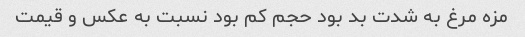
مزه مرغ به شدت بد بود حجم کم بود نسبت به عکس و قیمت